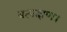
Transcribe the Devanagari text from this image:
बत्यक्षण।